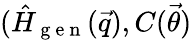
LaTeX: (\hat{H}_{\mathrm{~g~e~n~}}(\vec{q}),C(\vec{\theta})